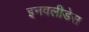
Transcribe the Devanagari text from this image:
इनवलीडेस